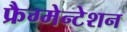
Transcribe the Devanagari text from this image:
फ्रैग्मेन्टेशन